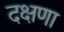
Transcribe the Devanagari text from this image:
दक्षणा